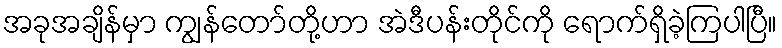
အခုအချိန်မှာ ကျွန်တော်တို့ဟာ အဲဒီပန်းတိုင်ကို ရောက်ရှိခဲ့ကြပါပြီ။